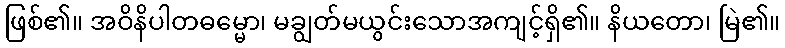
ဖြစ်၏။ အဝိနိပါတဓမ္မော၊ မချွတ်မယွင်းသောအကျင့်ရှိ၏။ နိယတော၊ မြဲ၏။